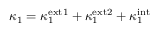
\kappa _ { 1 } = \kappa _ { 1 } ^ { \mathrm { e x t 1 } } + \kappa _ { 1 } ^ { \mathrm { e x t 2 } } + \kappa _ { 1 } ^ { \mathrm { i n t } }